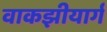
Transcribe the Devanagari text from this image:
वाकझीयार्ग